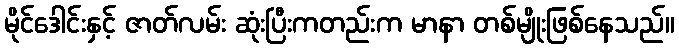
မိုင်ဒေါင်းနှင့် ဇာတ်လမ်း ဆုံးပြီးကတည်းက မာနာ တစ်မျိုးဖြစ်နေသည်။